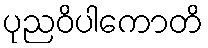
ပုညဝိပါကောတိ